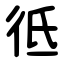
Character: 彽